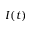
I ( t )